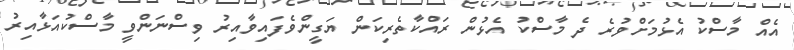
އެއް މާސްކު އެޅުމަށްވުރެ ދެ މާސްކު އެޅުން ރައްކާތެރިކަން ޔަގީންވެފައިވާއިރު ވިސްނަންވީ މާސްކުއަޅާއިރު